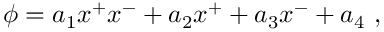
\phi = a _ { 1 } x ^ { + } x ^ { - } + a _ { 2 } x ^ { + } + a _ { 3 } x ^ { - } + a _ { 4 } \ ,